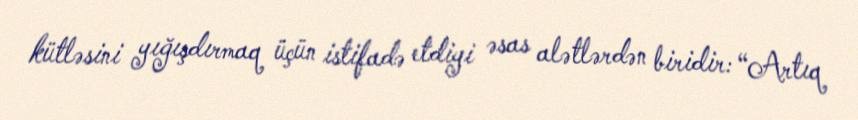
kütləsini yığışdırmaq üçün istifadə etdiyi əsas alətlərdən biridir: “Artıq